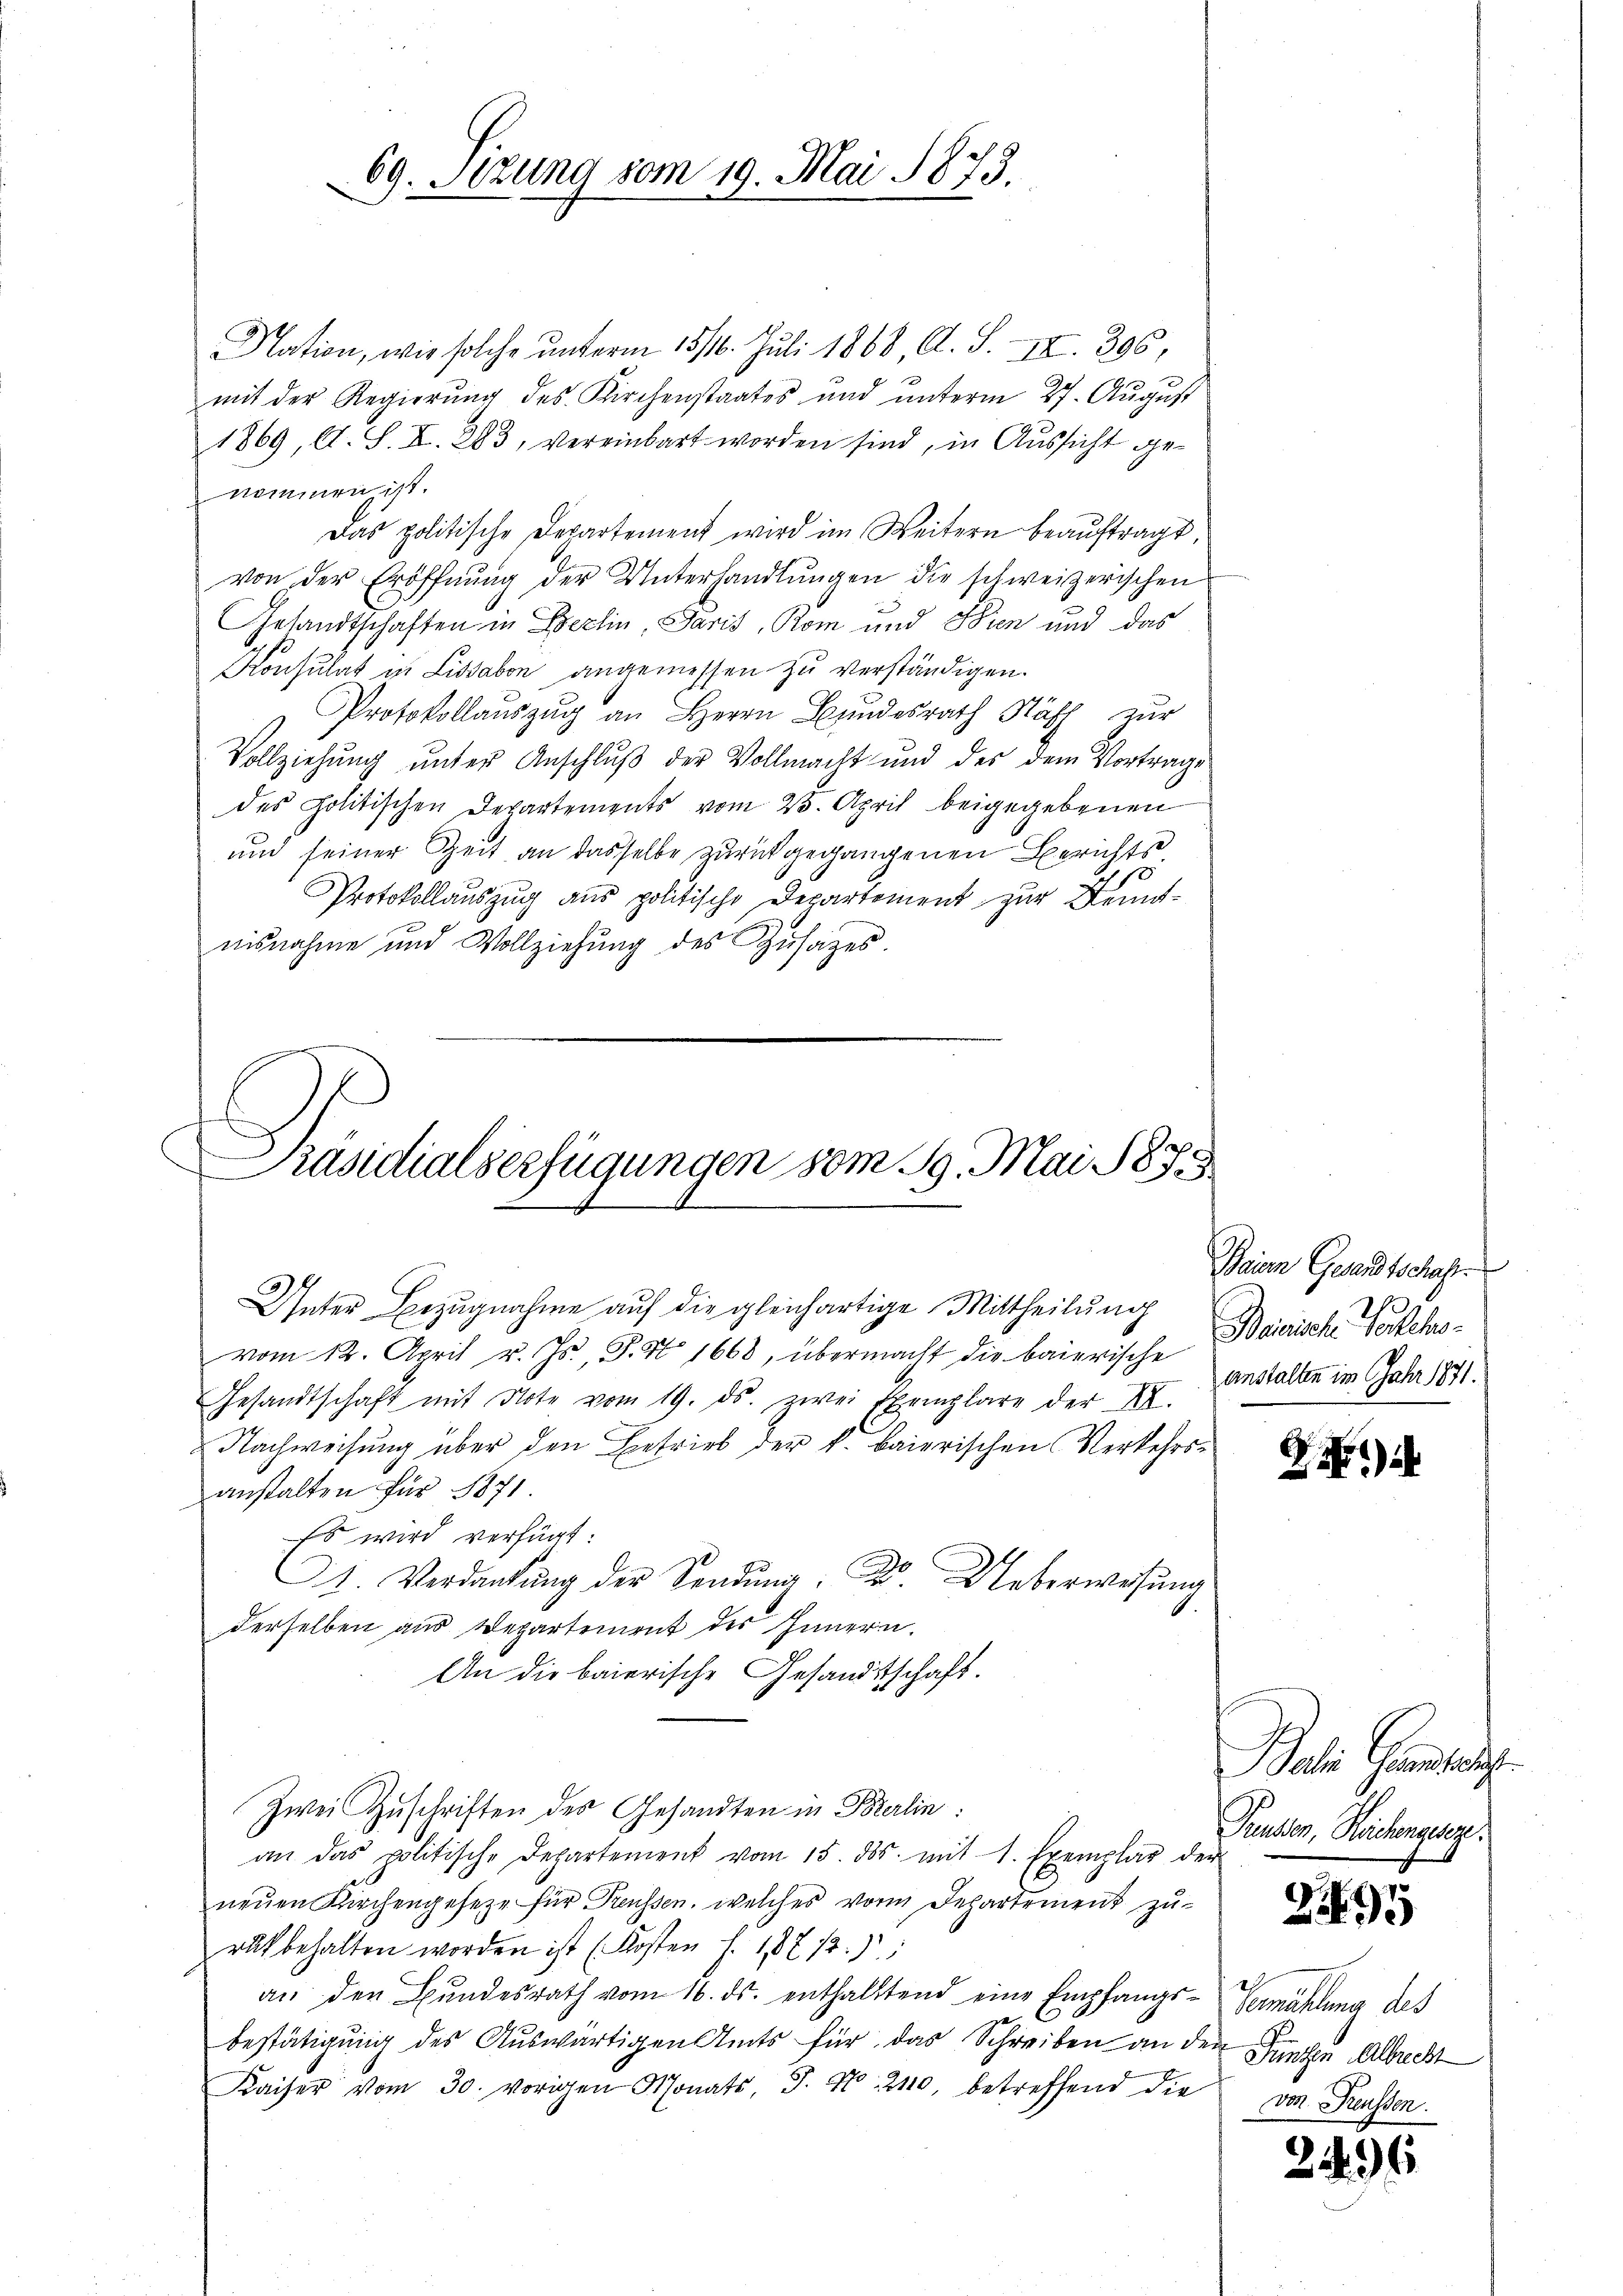
Nation, wie solche ŭnterm 1514. Juli 1868, A. S. X. 306,
mit der Regierŭng des Kirchenstaates und ŭnterm 27. Aŭgŭst
1869, A. S. XI. 283, vereinbart worden sind, in Aussicht genommen ist.
Das politische Departement wird im Weitern beaŭftragt,
von der Eröffnŭng der Unterhandlŭngen die schweizerischen
Gesandtschaften in Berlin Paris, Rom und Bren und das
Konsulat in Lissabon angemessen zu verständigen.
Protokollauszug an Herrn Bundesrath Näff zur
Vollziehŭng ŭnter Anschlŭβ der Vollmacht und des dem Vortrage
des politischen Departements vom 23. April beigegebenen
und seiner Zeit an dasselbe zurückgegangenen Berichts¬
Protokollauszug aus politische Departement zur Brunnisnahme und Vollziehung des Zusatzes.

Präsidialserfügungen vom 19. Mai 1875

69. Sizung vom 19. Mai 1873.

Unter Bezugnahme aŭf die gleichartige Mittheilŭng
vom 12. April v. Js., S. S. 1668, übermacht die baierische
Gesandtschaft mit Note vom 19. ds. zwei Exemplare der XII.
Nachweisung über den Entrieb der k. baierischen Verkehrsanstalten für 1871
Es wird verfügt:
C. Verdankŭng der Sendung: Dr Ueberwesung
derselben aus Departement des Innern.
An die baierische Gesandtschaft.
Zwei Zuschriften des Gesandten in Berlin:
an das politische Departement vom 15. ds. mit 1. Exemplar der
neuen Kirchengesetze für Preussen, welches vom Departement zuruk behalten worden ist (Kosten S. 18712.)
an den Bundesrath vom 16. ds. enthaltend eine Empfangsbestätigung des Auswärtigen Amts für das Schreiben an den Funde Albrecht
Kaiser vom 30. vorigen Monats, S. No. 2110, betreffend die von Freussen.

Beim Gesandtschaft.
Barische Voreheanstalten im Jahr 1871.

G.

)

Balin Grundschaft
Penden, Reichenger

2295

Gemählung des

246